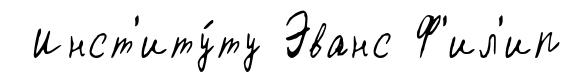
Инст'иту́ту Эванс Ф'ил'ип